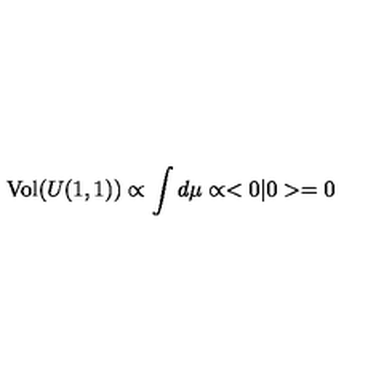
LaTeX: \mathrm { V o l } ( U ( 1 , 1 ) ) \propto \int d \mu \propto < 0 | 0 > = 0